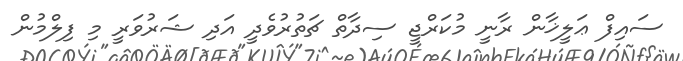
ސައިފް ޢަލީޚާން ރާނީ މުކަރްޖީ ސިދާތް ޗަތުރުވެދީ އަދި ޝަރުވަރީ މި ފިލްމުން